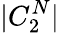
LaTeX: |C_{2}^{N}|